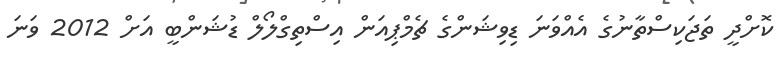
ކޮށްދީ ތަޖަކިސްތާނުގެ އެއްވަނަ ޑިވިޝަންގެ ޗެމްޕިއަން އިސްތިގްލޯލް ޑުޝަންބީ އަށް 2012 ވަނަ